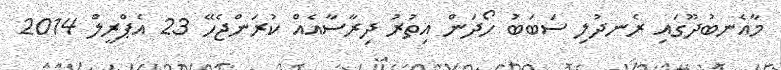
މާއެނބުދޫގައި ރެނދުލި ސަބަބު ހޯދަން އިތުރު ދިރާސާއެއް ކުރަންޖެހޭ 23 އެޕްރީލް 2014